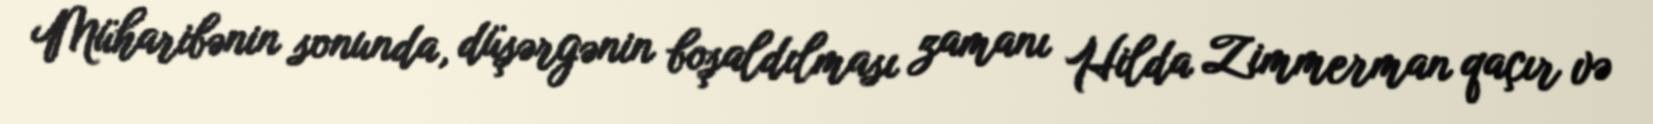
Müharibənin sonunda, düşərgənin boşaldılması zamanı Hilda Zimmerman qaçır və